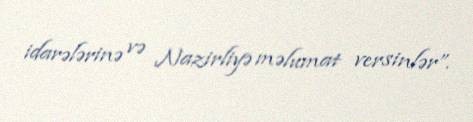
idarələrinə və Nazirliyə məlumat versinlər”.